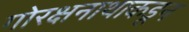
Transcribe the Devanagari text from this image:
गोरक्षनाथाकडून